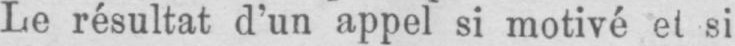
Le résultat d’un appel si motivé et si